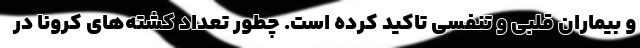
و بیماران قلبی و تنفسی تاکید کرده است. چطور تعداد کشته‌های کرونا در